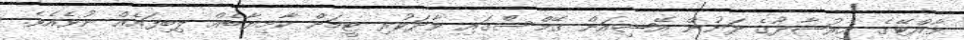
މާއްޓޭގެ އިރުޝާދުގެ ދަށުން އޭޝިއަން ގޭމްސްގައި ވާދަކުރި ޓީމަށް ކާމިޔާބެއް ލިބިފައެއް ނުވެއެވެ.